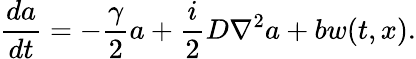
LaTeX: \frac{da}{dt}=-\frac{\gamma}{2}a+\frac{i}{2}D\nabla^{2}a+bw(t,x).